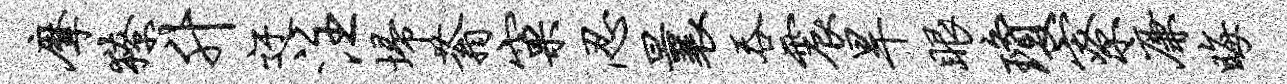
摩獠升迂注埽蓊窠忍曩吞震旱眼琼寮廉晦